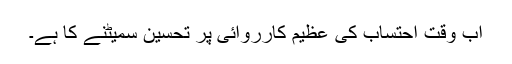
اب وقت احتساب کی عظیم کارروائی پر تحسین سمیٹنے کا ہے۔